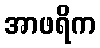
အာဖရိက